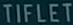
TIFLET